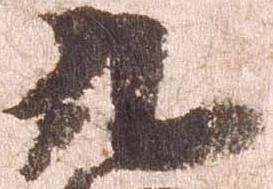
九